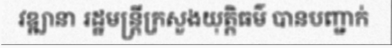
វឌ្ឍានា រដ្ឋមន្ត្រីក្រសួងយុត្តិធម៌ បានបញ្ជាក់